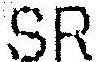
SR